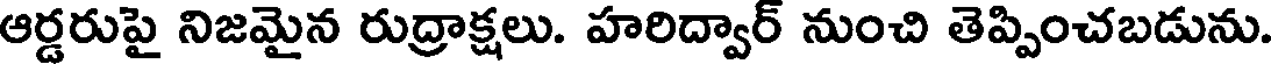
ఆర్డరుపై నిజమైన రుద్రాక్షలు. హరిద్వార్ నుంచి తెప్పించబడును.